65_HS1-834228961_62-HQ-83894_Section_9
Agency: FBI
Page 108
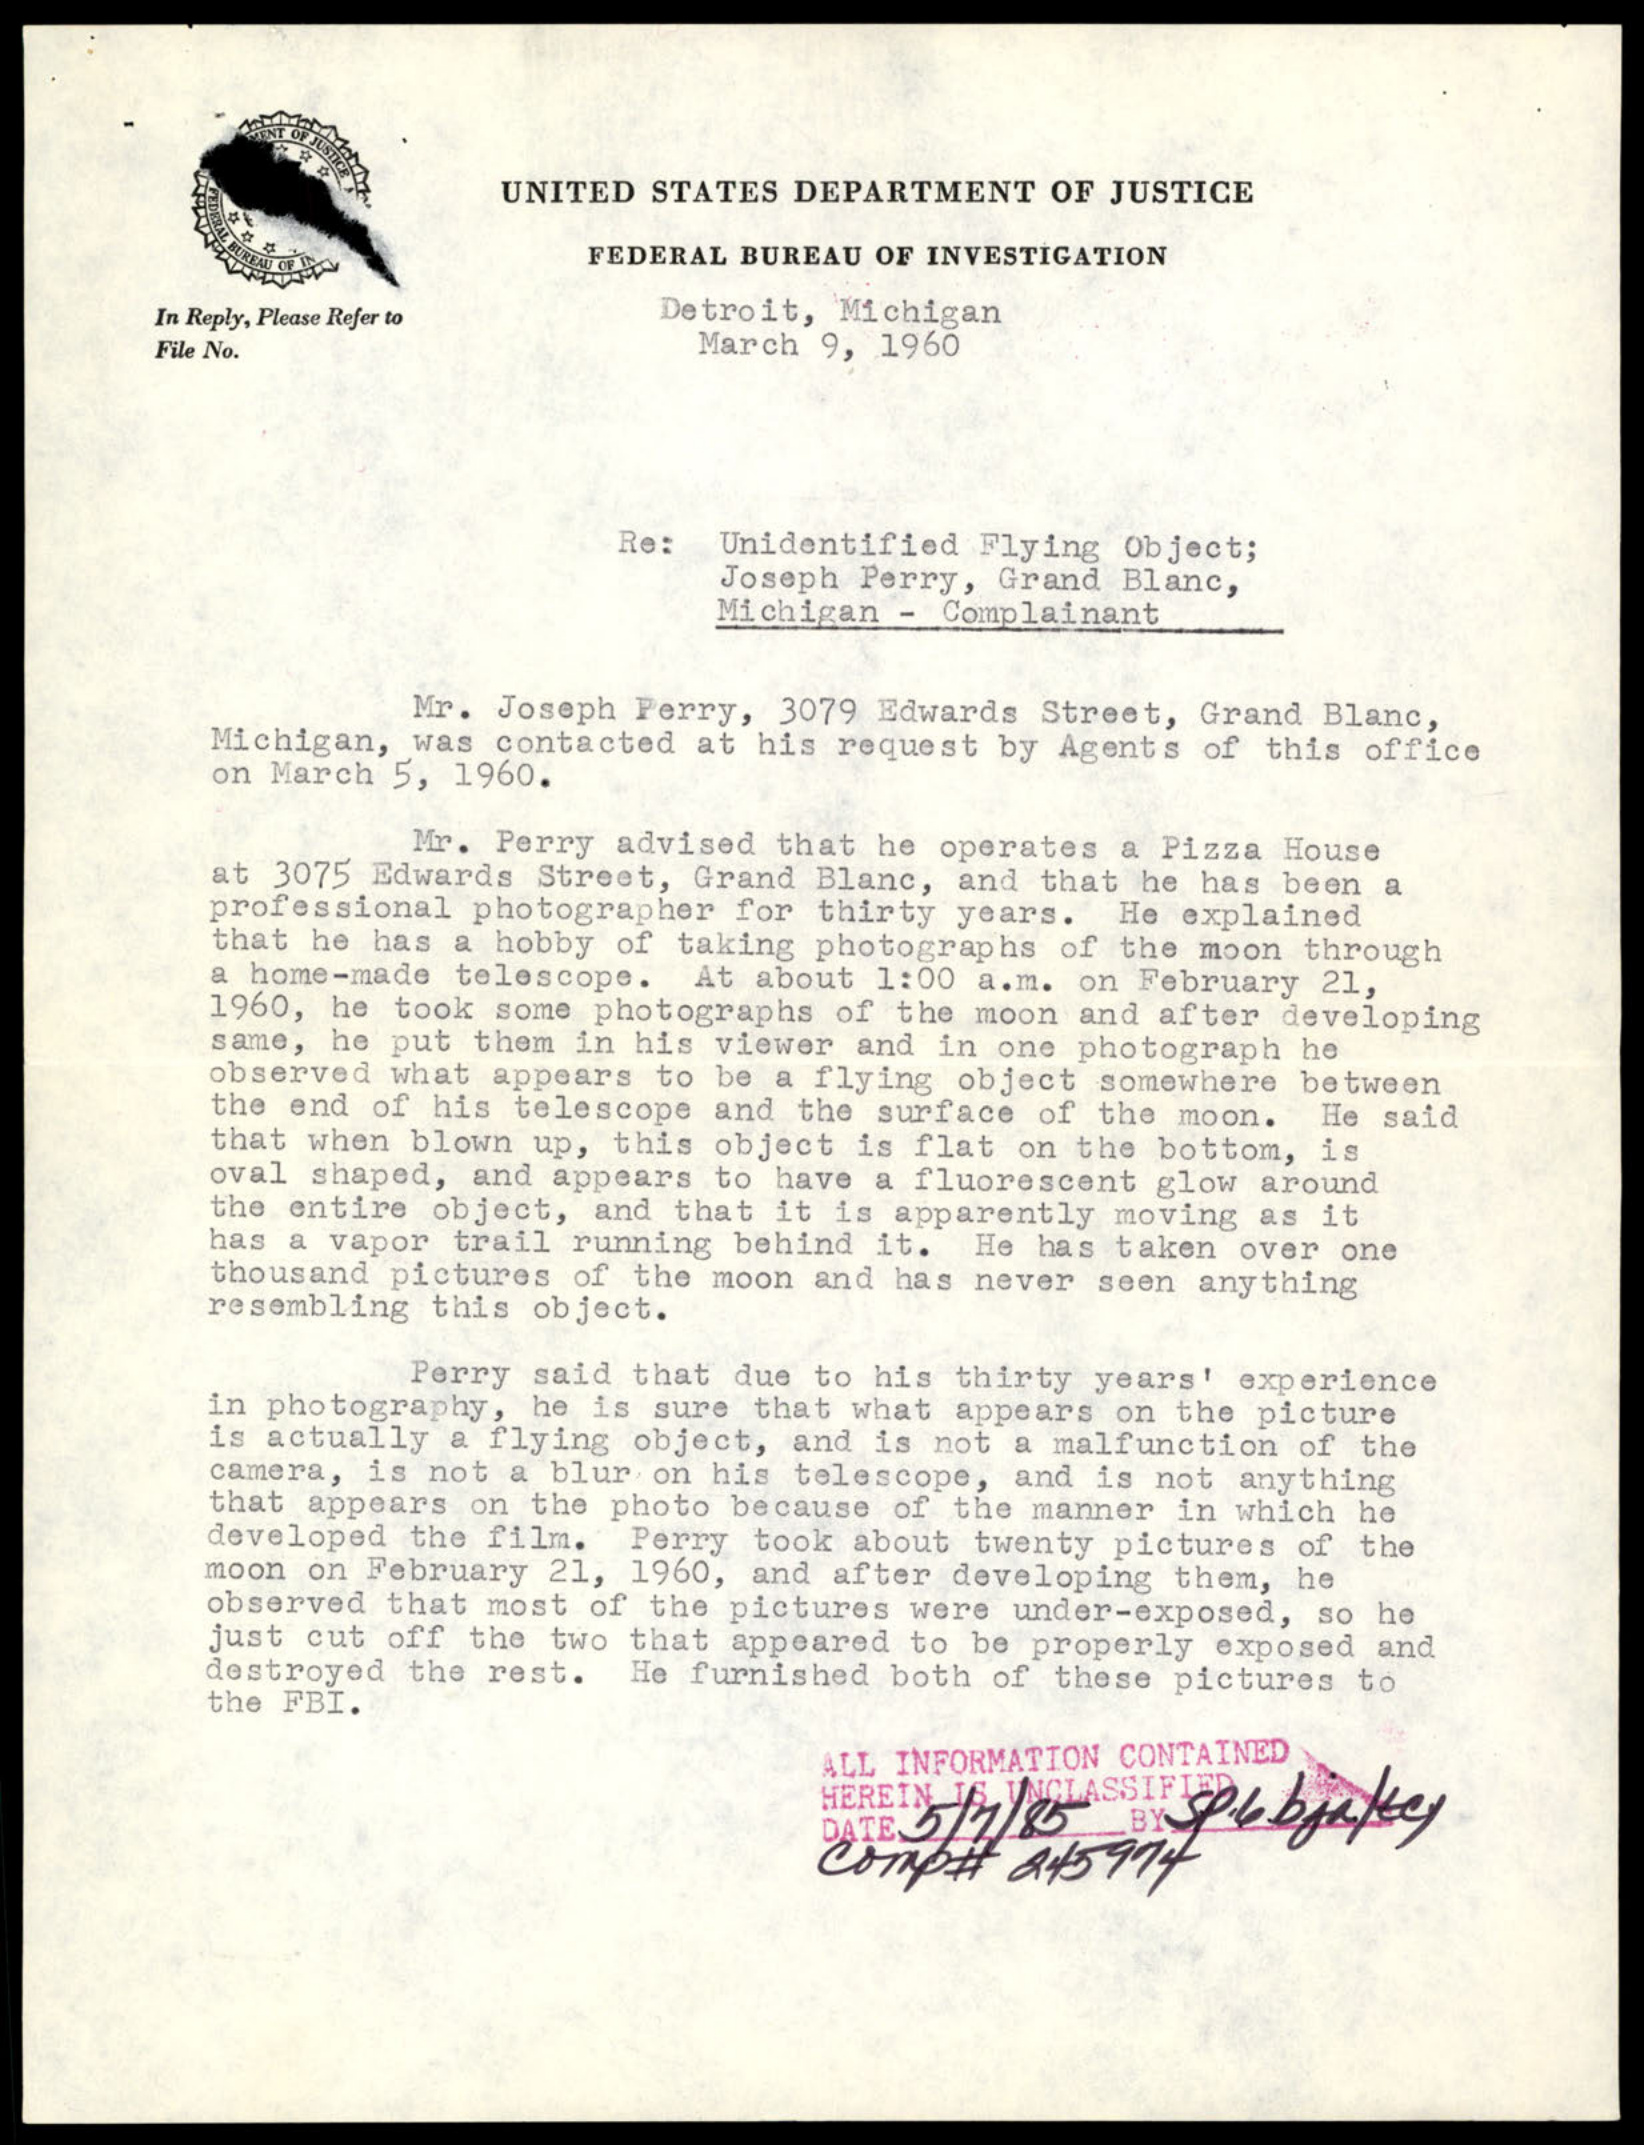